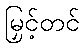
မြှင့်တင်